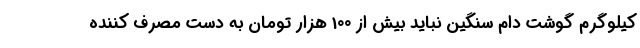
کیلوگرم گوشت دام سنگین نباید بیش از 100 هزار تومان به دست مصرف کننده